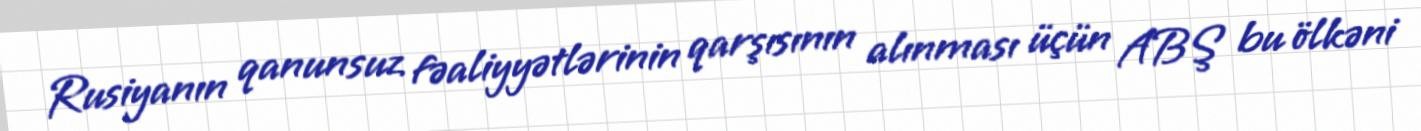
Rusiyanın qanunsuz fəaliyyətlərinin qarşısının alınması üçün ABŞ bu ölkəni